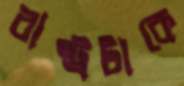
রাষ্ট্রটাকে